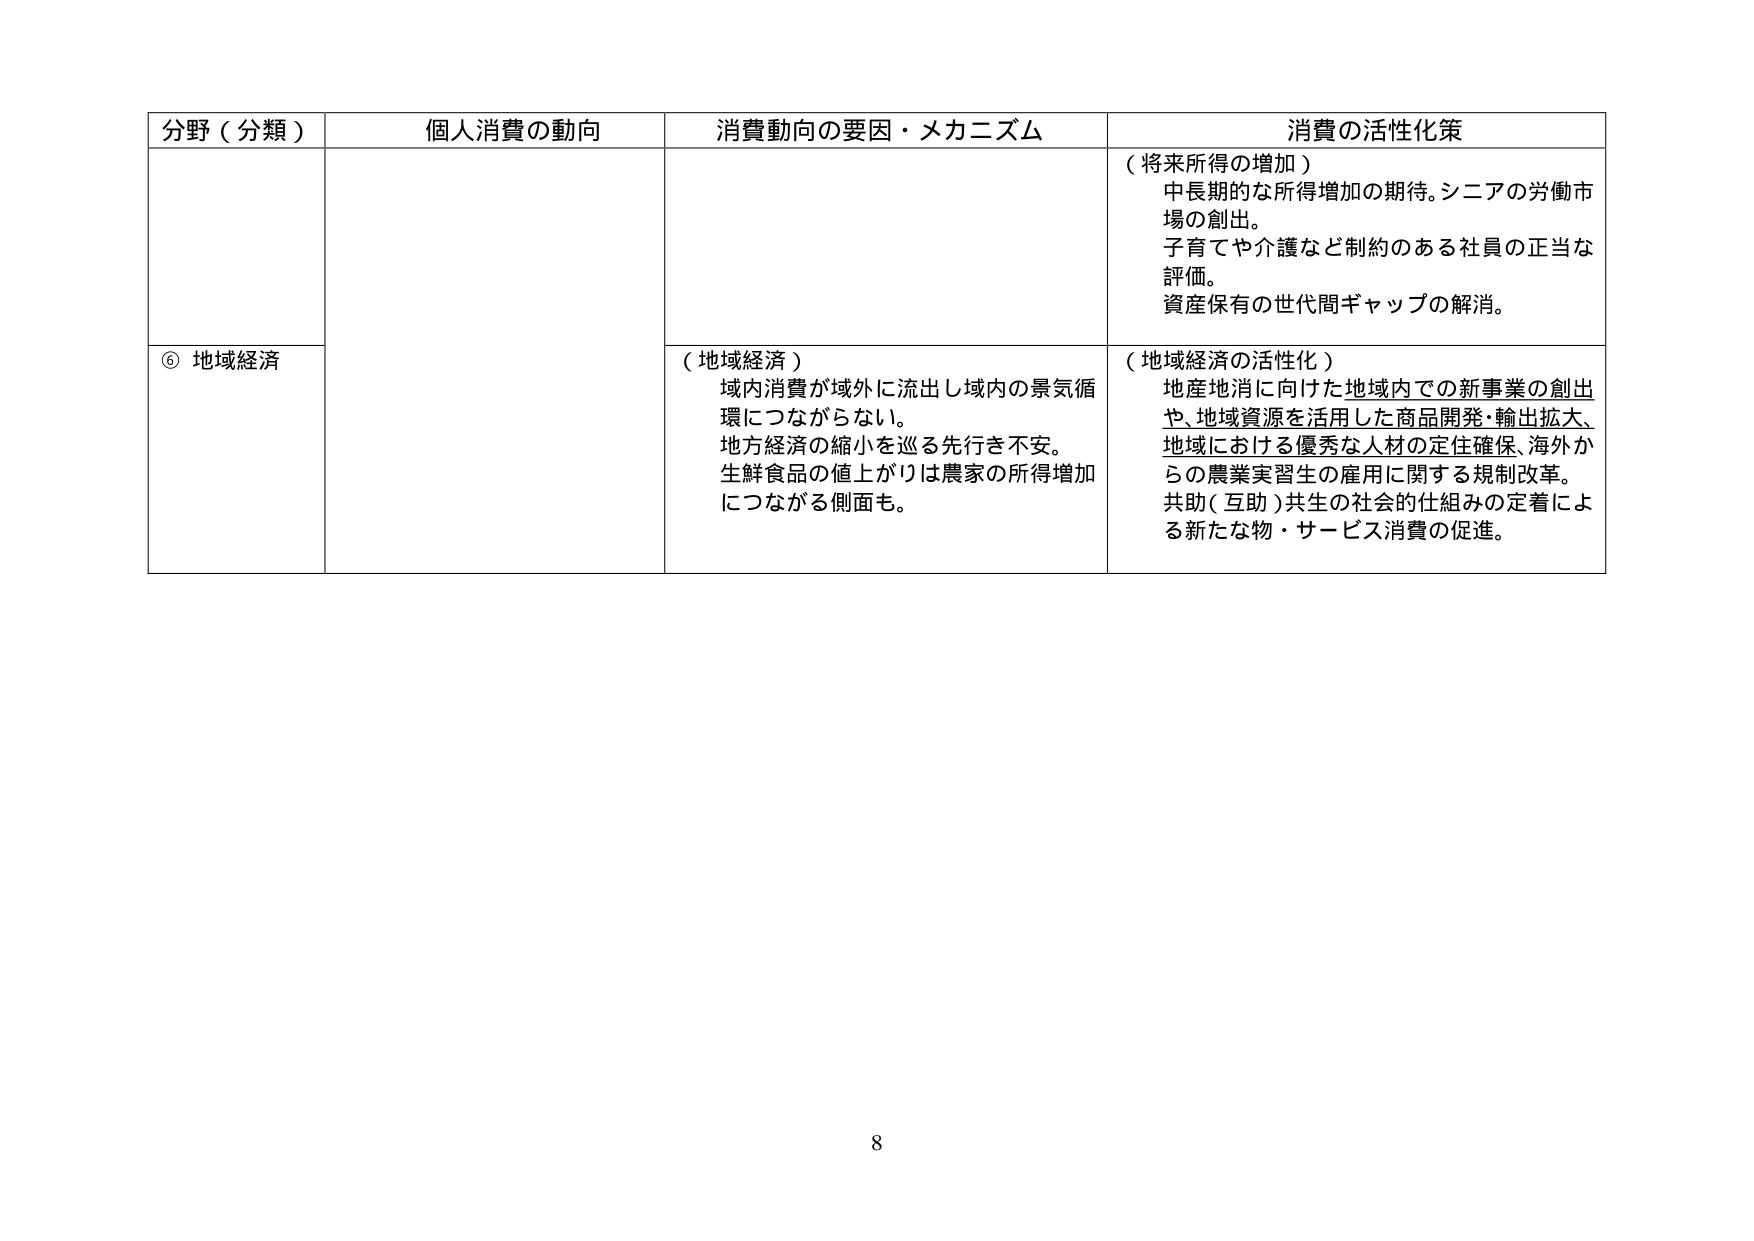
分野（分類）　個人消費の動向　消費動向の要因・メカニズム　消費の活性化策

（将来所得の増加）
中長期的な所得増加の期待。シニアの労働市場の創出。
子育てや介護など制約のある社員の正当な評価。
資産保有の世代間ギャップの解消。

⑥ 地域経済

（地域経済）
域内消費が域外に流出し域内の景気循環につながらない。
地方経済の縮小を巡る先行き不安。
生鮮食品の値上がりは農家の所得増加につながる側面も。

（地域経済の活性化）
地産地消に向けた地域内での新事業の創出や、地域資源を活用した商品開発・輸出拡大、
地域における優秀な人材の定住確保、海外からの農業実習生の雇用に関する規制改革。
共助（互助）共生の社会的仕組みの定着による新たな物・サービス消費の促進。

8